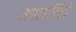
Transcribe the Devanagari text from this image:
अपराजितों